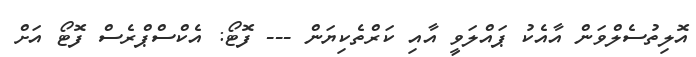
އޮލިތުސެލްވަން އާއެކު ޕައްލަވީ އާއި ކަރްތެކިޔަން --- ފޮޓޯ: އެކްސްޕްރެސް ފޮޓޯ އަށް